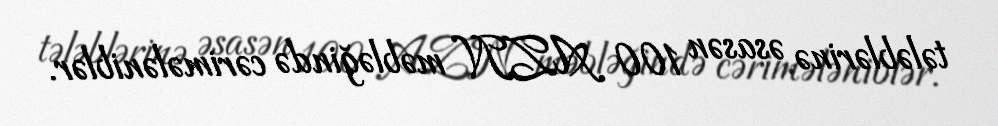
tələblərinə əsasən 100 AZN məbləğində cərimələniblər.